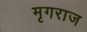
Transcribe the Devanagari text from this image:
मृगराज